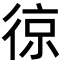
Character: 𭛵